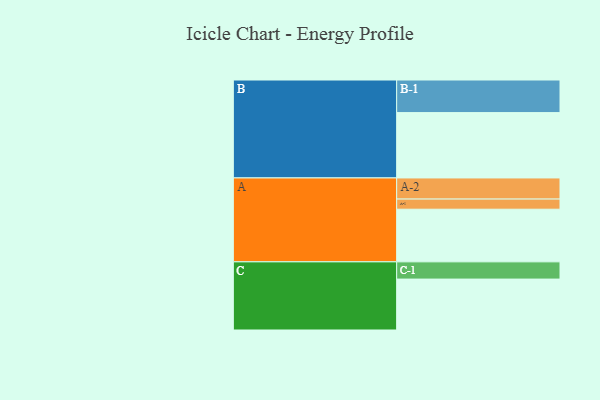
{"axis": {"x": "Segment", "y": "Value"}, "legend": ["", "A", "B", "C"], "data": [{"x": "A", "y": 394, "type": ""}, {"x": "B", "y": 489, "type": ""}, {"x": "C", "y": 381, "type": ""}, {"x": "A-1", "y": 76, "type": "A"}, {"x": "A-2", "y": 158, "type": "A"}, {"x": "B-1", "y": 244, "type": "B"}, {"x": "C-1", "y": 129, "type": "C"}]}